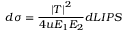
d \sigma = \frac { \left| T \right| ^ { 2 } } { 4 u E _ { 1 } E _ { 2 } } d L I P S